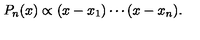
P _ { n } ( x ) \propto ( x - x _ { 1 } ) \cdots ( x - x _ { n } ) .